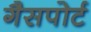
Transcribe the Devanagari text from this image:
गैसपोर्ट